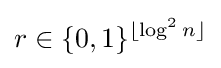
r\in \lbrace 0,1\rbrace ^{\lfloor \log ^{2}n\rfloor }